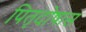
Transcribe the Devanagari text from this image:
पितृदोषास